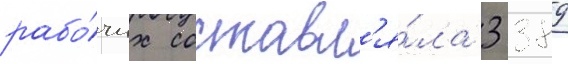
рабо́чих составл'я́ла 3 389